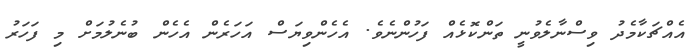
އެއްޗަކާމެދު ވިސްނާލެވުނީ ތަންކޮޅެއް ފަހުންނެވެ. އެހެންވިޔަސް އަހަރެން އެހެން ބުނެލުމަށް މި ފަހަރު